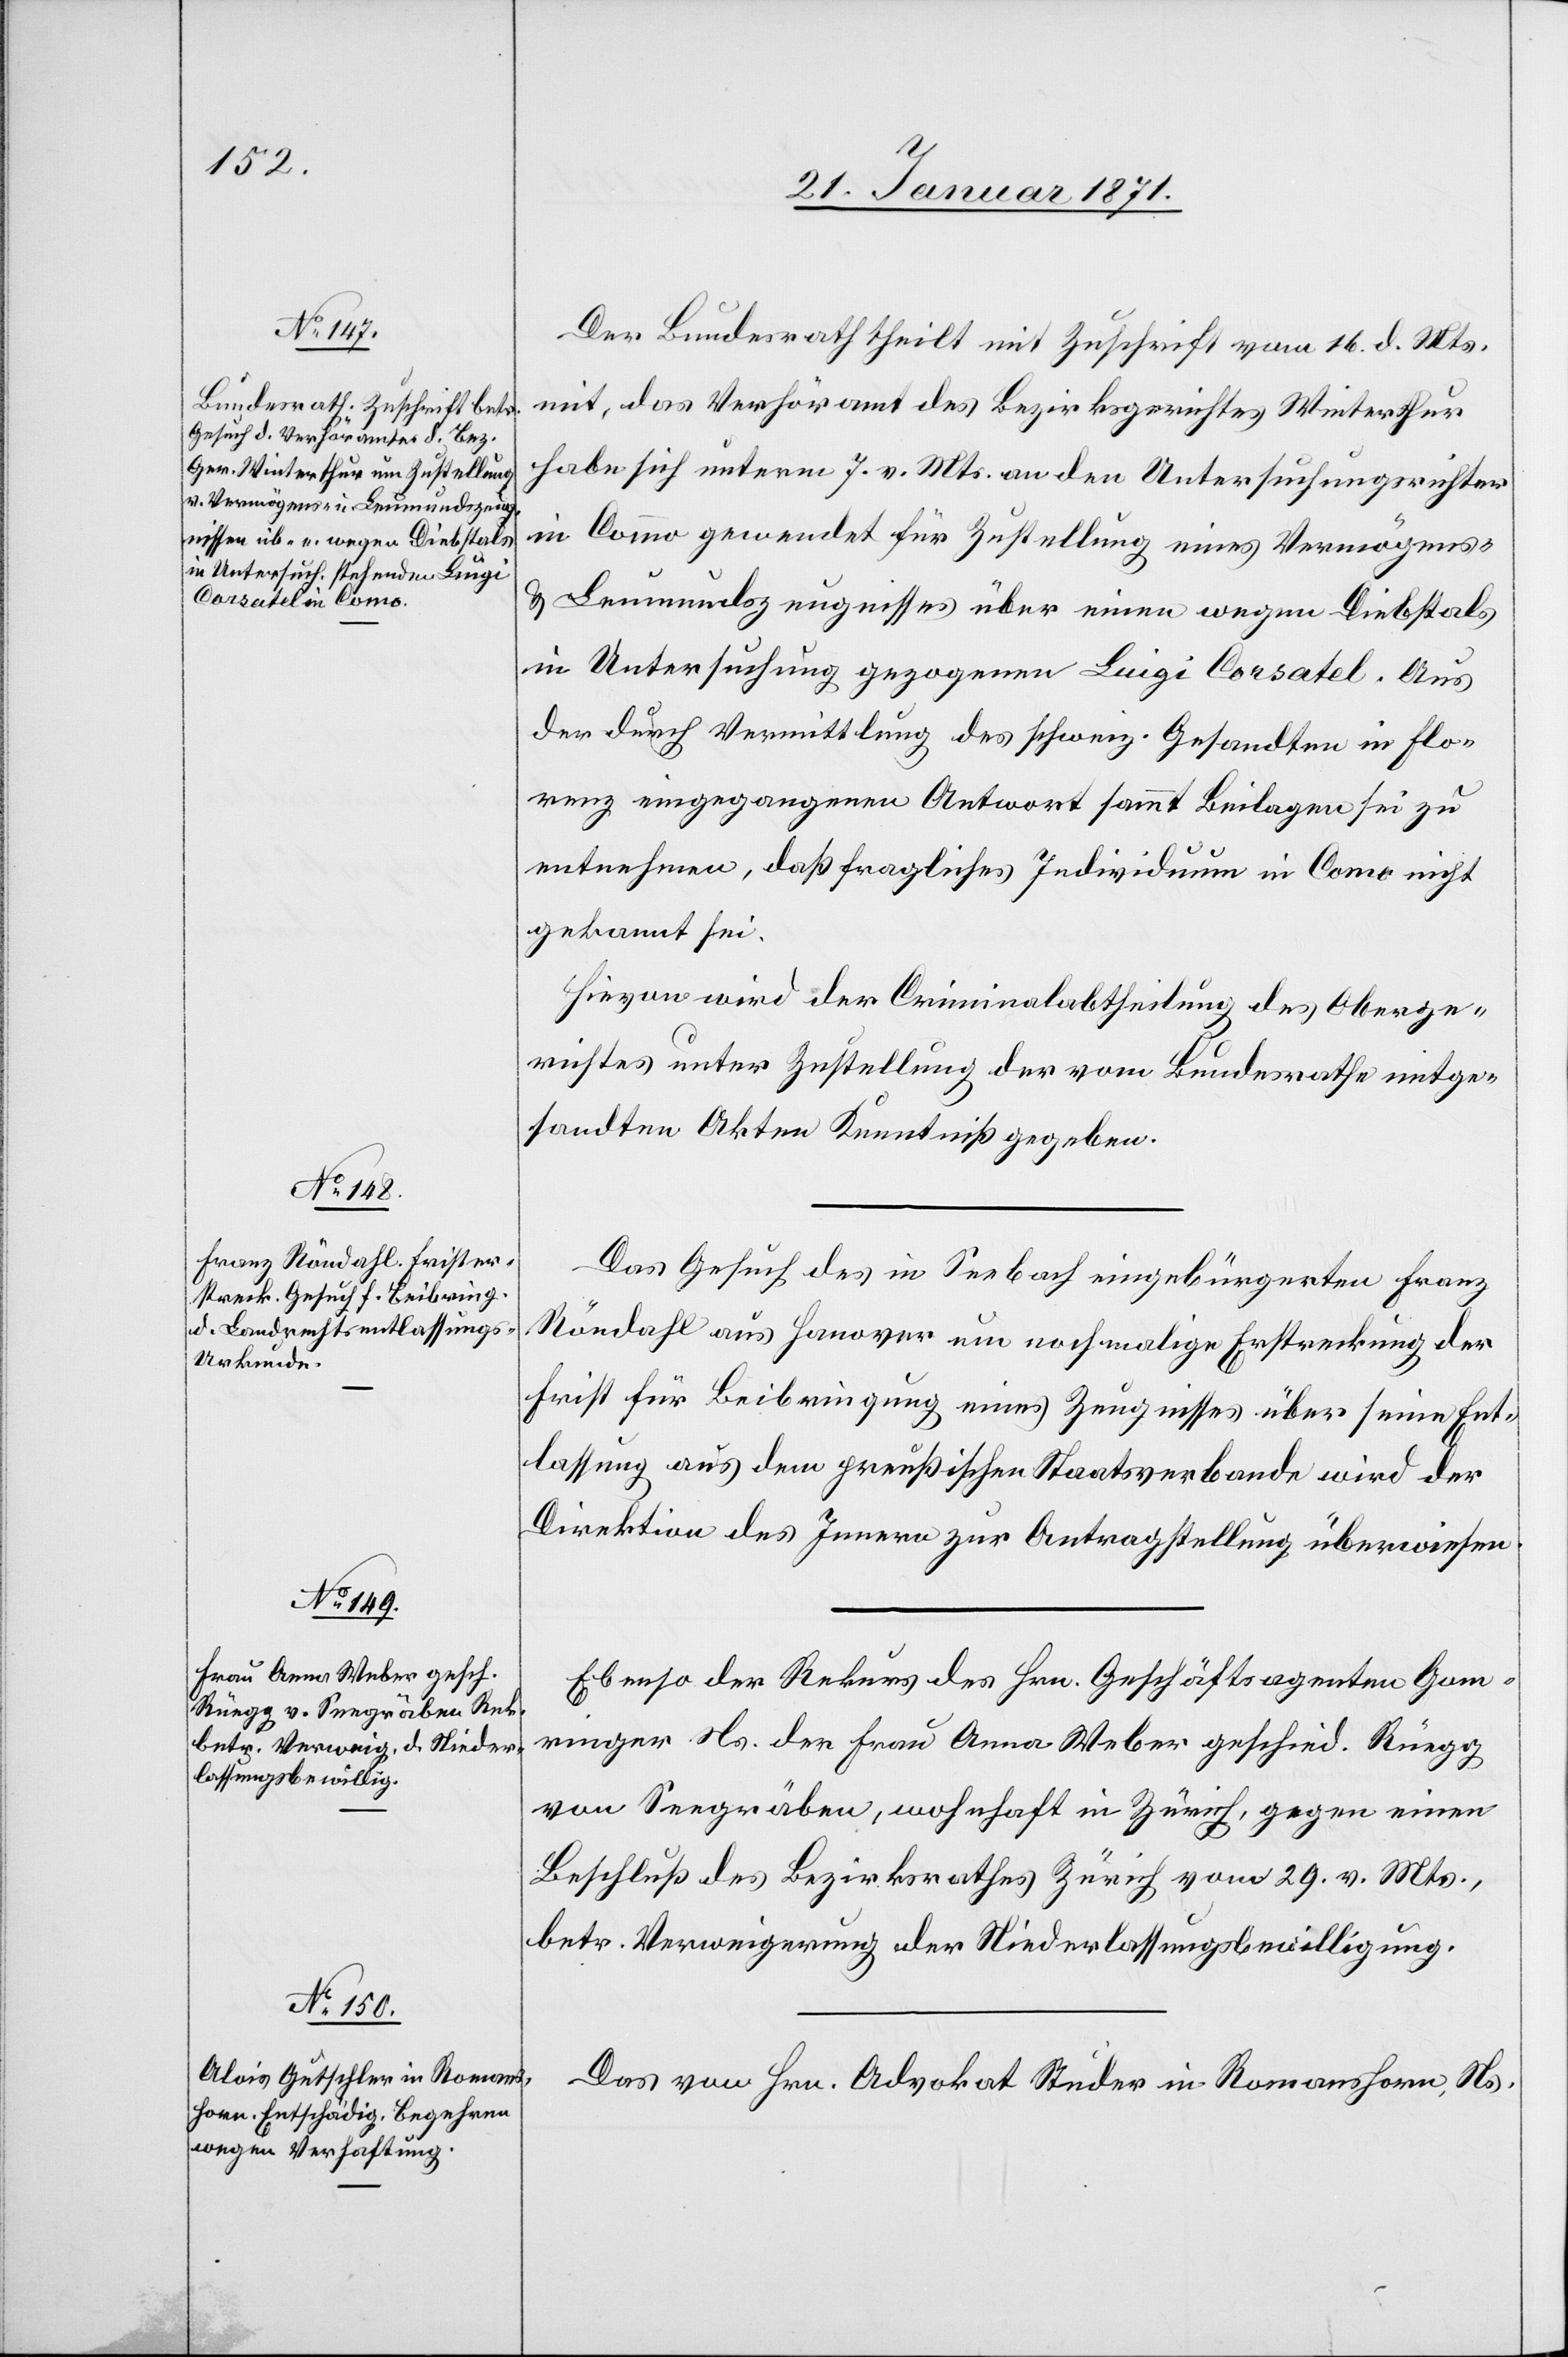
21. Januar 1871.]
Der Bundesrath theilt mit Zuschrift vom 16. d. Mts.
mit, das Verhöramt des Bezirksgerichtes Winterthur
habe sich unterm 7. v. Mts. an den Untersuchungsrichter
gewendet für Zustellung eines Vermögens-
u. Leumundzeugnisses über einen wegen Diebstals
in Untersuchung gezogenen Luigi Corsatel. Aus
der durch Vermittlung des schweiz. Gesandten in Flo¬
renz eingegangenen Antwort sammt Beilagen sei zu
entnehmen, daß fragliches Individuum in Como nicht
gekannt sei.
Hievon wird der Criminalabtheilung des Oberge¬
richtes unter Zustellung der vom Bundesrathe mitge¬
sandten Akten Kenntniß gegeben.
Das Gesuch des in Seebach eingebürgerten Franz
Röndahl aus Hanover um nochmalige Erstreckung der
Frist für Beibringung eines Zeugnisses über seine Ent¬
lassung aus dem preußischen Staatsverbande wird der
Direktion des Innern zur Antragstellung überwiesen.
Ebenso der Rekurs des Hrn. Geschäftsagenten Gom¬
ringer Ns. der Frau Anna Weber geschied. Rüegg
von Seegräben, wohnhaft in Zürich, gegen einen
Beschluß des Bezirksrathes Zürich vom 29. v. Mts.,
betr. Verweigerung der Niederlassungsbewilligung.
Das von Hrn. Advokat Studer in Romanshorn, Ns.